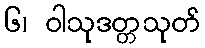
၆၊ ဝါသုဒတ္တသုတ်